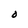
Character: O